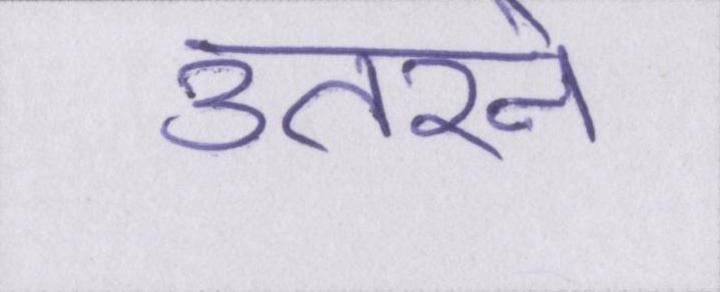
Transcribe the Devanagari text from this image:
उतरने